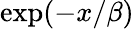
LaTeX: \exp(-x/\beta)